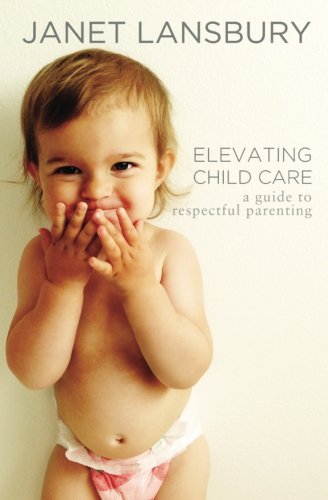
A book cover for Elevating Child Care: A Guide to Respectful Parenting; Janet Lansbury; Parenting & Relationships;